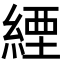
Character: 緸